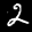
Label: 2